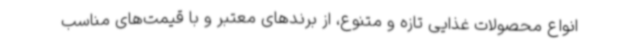
انواع محصولات غذایی تازه و متنوع، از برندهای معتبر و با قیمت‌های مناسب